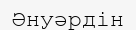
Әнуәрдін